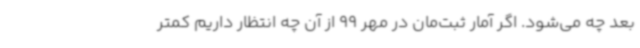
بعد چه می‌شود. اگر آمار ثبت‌مان در مهر 99 از آن چه انتظار داریم کمتر